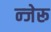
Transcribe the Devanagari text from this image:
न्जेरू